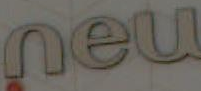
meu